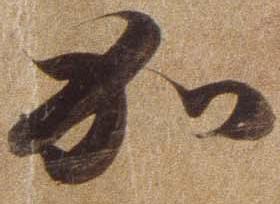
加